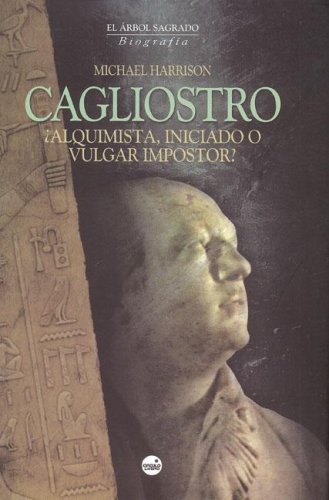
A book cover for Cagliostro (Spanish Edition); M. Harrison; Biographies & Memoirs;